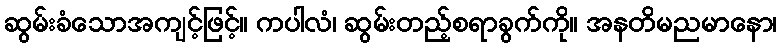
ဆွမ်းခံသောအကျင့်ဖြင့်။ ကပါလံ၊ ဆွမ်းတည့်စရာခွက်ကို။ အနတိမညမာနော၊